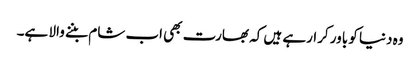
وہ دنیا کو باور کرارہے ہیں کہ بھارت بھی اب شام بننے والا ہے۔